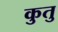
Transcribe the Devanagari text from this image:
कुतु